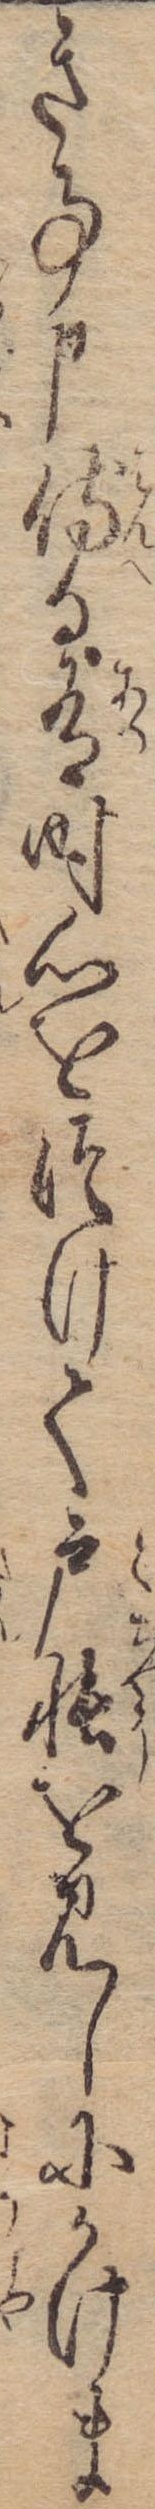
き事申侍る有時心をつけて戸帳を見しにかけま